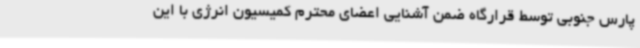
پارس جنوبی توسط قرارگاه ضمن آشنایی اعضای محترم کمیسیون انرژی با این